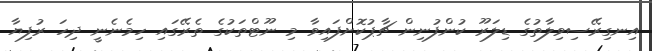
އިނގިރޭސިވިލާތުގެ ޑިލަރޫ ކުންފުނިން ޗާޕުކޮށްފައިވާ މި ނޫޓްތަކުގެ ތެރޭގައި ހިމެނެނީ ދިހަ ރުފިޔާ